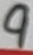
Text: 9